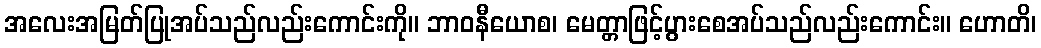
အလေးအမြတ်ပြုအပ်သည်လည်းကောင်းကို။ ဘာဝနီယောစ၊ မေတ္တာဖြင့်ပွားစေအပ်သည်လည်းကောင်း။ ဟောတိ၊